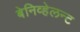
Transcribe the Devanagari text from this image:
बेनिव्हेलन्ट